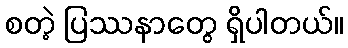
စတဲ့ ပြဿနာတွေ ရှိပါတယ်။